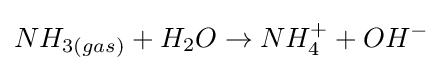
NH_{3(gas)}+H_{2}O\rightarrow NH_{4}^{+}+OH^{-}